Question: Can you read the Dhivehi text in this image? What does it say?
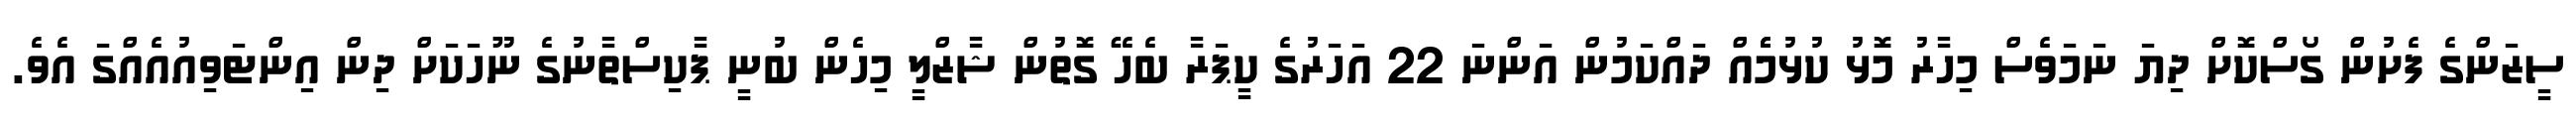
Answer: ސީޒަންގެ ފެށުން ގޯސްކޮށް ދިޔަ ނަމަވެސް މިހާރު މޮޅު ކުޅުމެެއް ދައްކަމުން އަންނަ 22 އަހަރުގެ ކީޕަރާ ބެހޭ ގޮތުން ޝާޒްލީ މިހެން ބުނީ ޕާކިސްތާނުގެ ނޫހަކަށް ދިން އިންޓަވިއުއެއްގަ އެވެ.